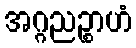
အဂ္ဂညဉ္စာဟံ